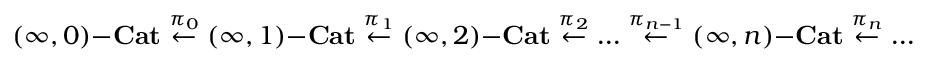
( \infty , 0 ) \mathrm { - } \mathbf { C a t } \overset { \pi _ { 0 } } { \leftarrow } ( \infty , 1 ) \mathrm { - } \mathbf { C a t } \overset { \pi _ { 1 } } { \leftarrow } ( \infty , 2 ) \mathrm { - } \mathbf { C a t } \overset { \pi _ { 2 } } { \leftarrow } \dots \overset { \pi _ { n - 1 } } { \leftarrow } ( \infty , n ) \mathrm { - } \mathbf { C a t } \overset { \pi _ { n } } { \leftarrow } \dots